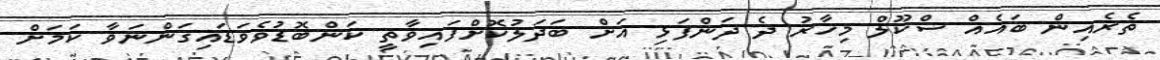
ތެރެއިން ބައެއް ސްކޫލް މިހާރު ދެ ދަންފަޅި އަށް ބަދަލުކޮށްފައިވާތީ ކަންބޮޑުވެވަޑައިގަންނަވާ ކަމަށް